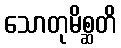
သောတုမိစ္ဆတိ